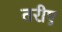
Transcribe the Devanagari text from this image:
तरीए